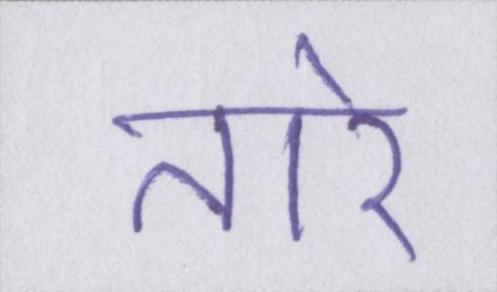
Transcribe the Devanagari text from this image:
तारे